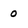
Character: 0